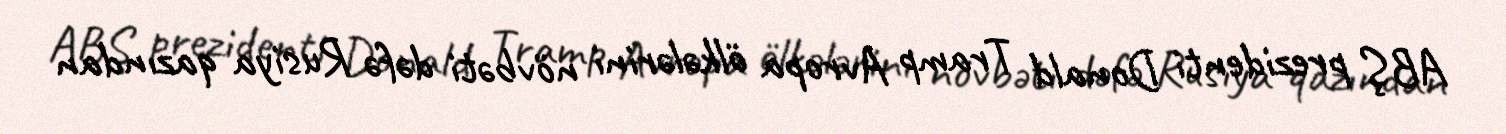
ABŞ prezidenti Donald Tramp Avropa ölkələrini növbəti dəfə Rusiya qazından